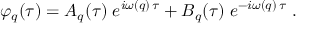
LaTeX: \varphi _ { q } ( \tau ) = A _ { q } ( \tau ) \; e ^ { i \omega ( q ) \, \tau } + B _ { q } ( \tau ) \; e ^ { - i \omega ( q ) \, \tau } \; .